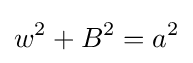
w^{2}+B^{2}=a^{2}